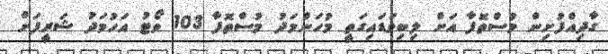
ގާދިއްފުށިން މުސްތޮފާ އަށް ލިބިވަޑައިގަތީ މުހަންމަދު މުސްތޮފާ 103 ވޯޓު އަހުމަދު ޝަރީފަށް